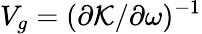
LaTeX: V_{g}=(\partial\mathcal{K}/\partial\omega)^{-1}